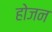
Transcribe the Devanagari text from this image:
होजन